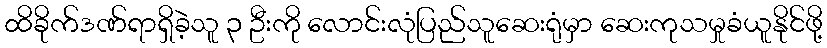
ထိခိုက်ဒဏ်ရာရှိခဲ့သူ ၃ ဦးကို လောင်းလုံပြည်သူဆေးရုံမှာ ဆေးကုသမှုခံယူနိုင်ဖို့